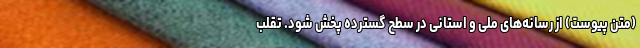
(متن پیوست) از رسانه‌های ملی و استانی در سطح گسترده پخش شود. تقلب